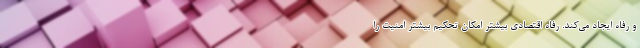
و رفاه ایجاد می‌کند. رفاه اقتصادی بیشتر امکان تحکیم بیشتر امنیت را